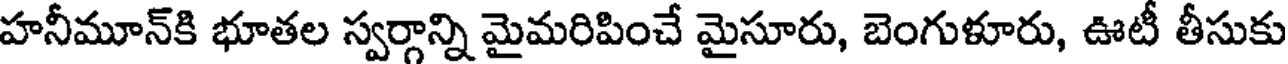
హనీమూన్కి భూతల స్వర్గాన్ని మైమరిపించే మైసూరు, బెంగుళూరు, ఊటీ తీసుకు